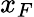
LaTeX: x_{F}